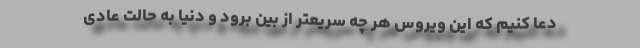
دعا کنیم که این ویروس هر چه سریعتر از بین برود و دنیا به حالت عادی